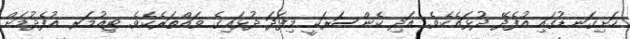
ހަށިގަނޑުގައި އުފެދޭ ދުޅައެކެވެ. އަދި ކެންސަރަކީ މިފަދަ ދުޅައިގެ ވައްތަރެކެވެ. ޓިއުމަރ އުފެދުމަށް